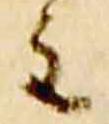
主